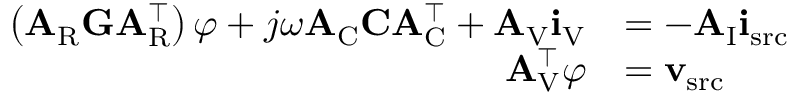
\begin{array} { r l } { \left( \mathbf { A } _ { \mathrm { R } } \mathbf { G } \mathbf { A } _ { \mathrm { R } } ^ { \top } \right) \boldsymbol { \varphi } + j \omega \mathbf { A } _ { \mathrm { C } } \mathbf { C } \mathbf { A } _ { \mathrm { C } } ^ { \top } + \mathbf { A } _ { \mathrm { V } } \mathbf { i } _ { \mathrm { V } } } & { = - \mathbf { A } _ { \mathrm { I } } \mathbf { i } _ { \mathrm { s r c } } } \\ { \mathbf { A } _ { \mathrm { V } } ^ { \top } \boldsymbol { \varphi } } & { = \mathbf { v } _ { \mathrm { s r c } } } \end{array}